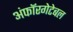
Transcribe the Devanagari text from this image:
अंफॉरगेटेबल